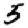
Digit: 5